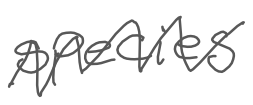
Text: species
Cross-out: zig-zag
Writing tool: digital_gray